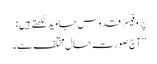
پروفیسر قدوس جاوید لکھتے ہیں :
’’آج صورتِ حال مختلف ہے۔